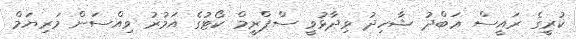
ކުރީގެ ރައީސް ޢަބްދު ޝާހިދު ވިދާޅުވީ ސްޕްރީމް ކޯޓުގެ އަމުރު ވިއްސަން މަރިޔަމް